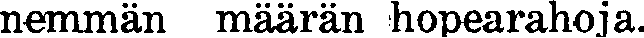
nemmän määrän hopearahoja.